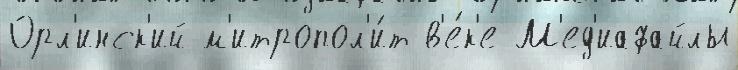
Орл'инск'ий м'итропол'и́т в'е́к'е М'ед'иафайлы